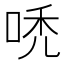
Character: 𠳶